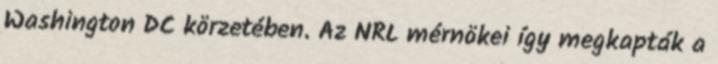
Washington DC körzetében. Az NRL mérnökei így megkapták a